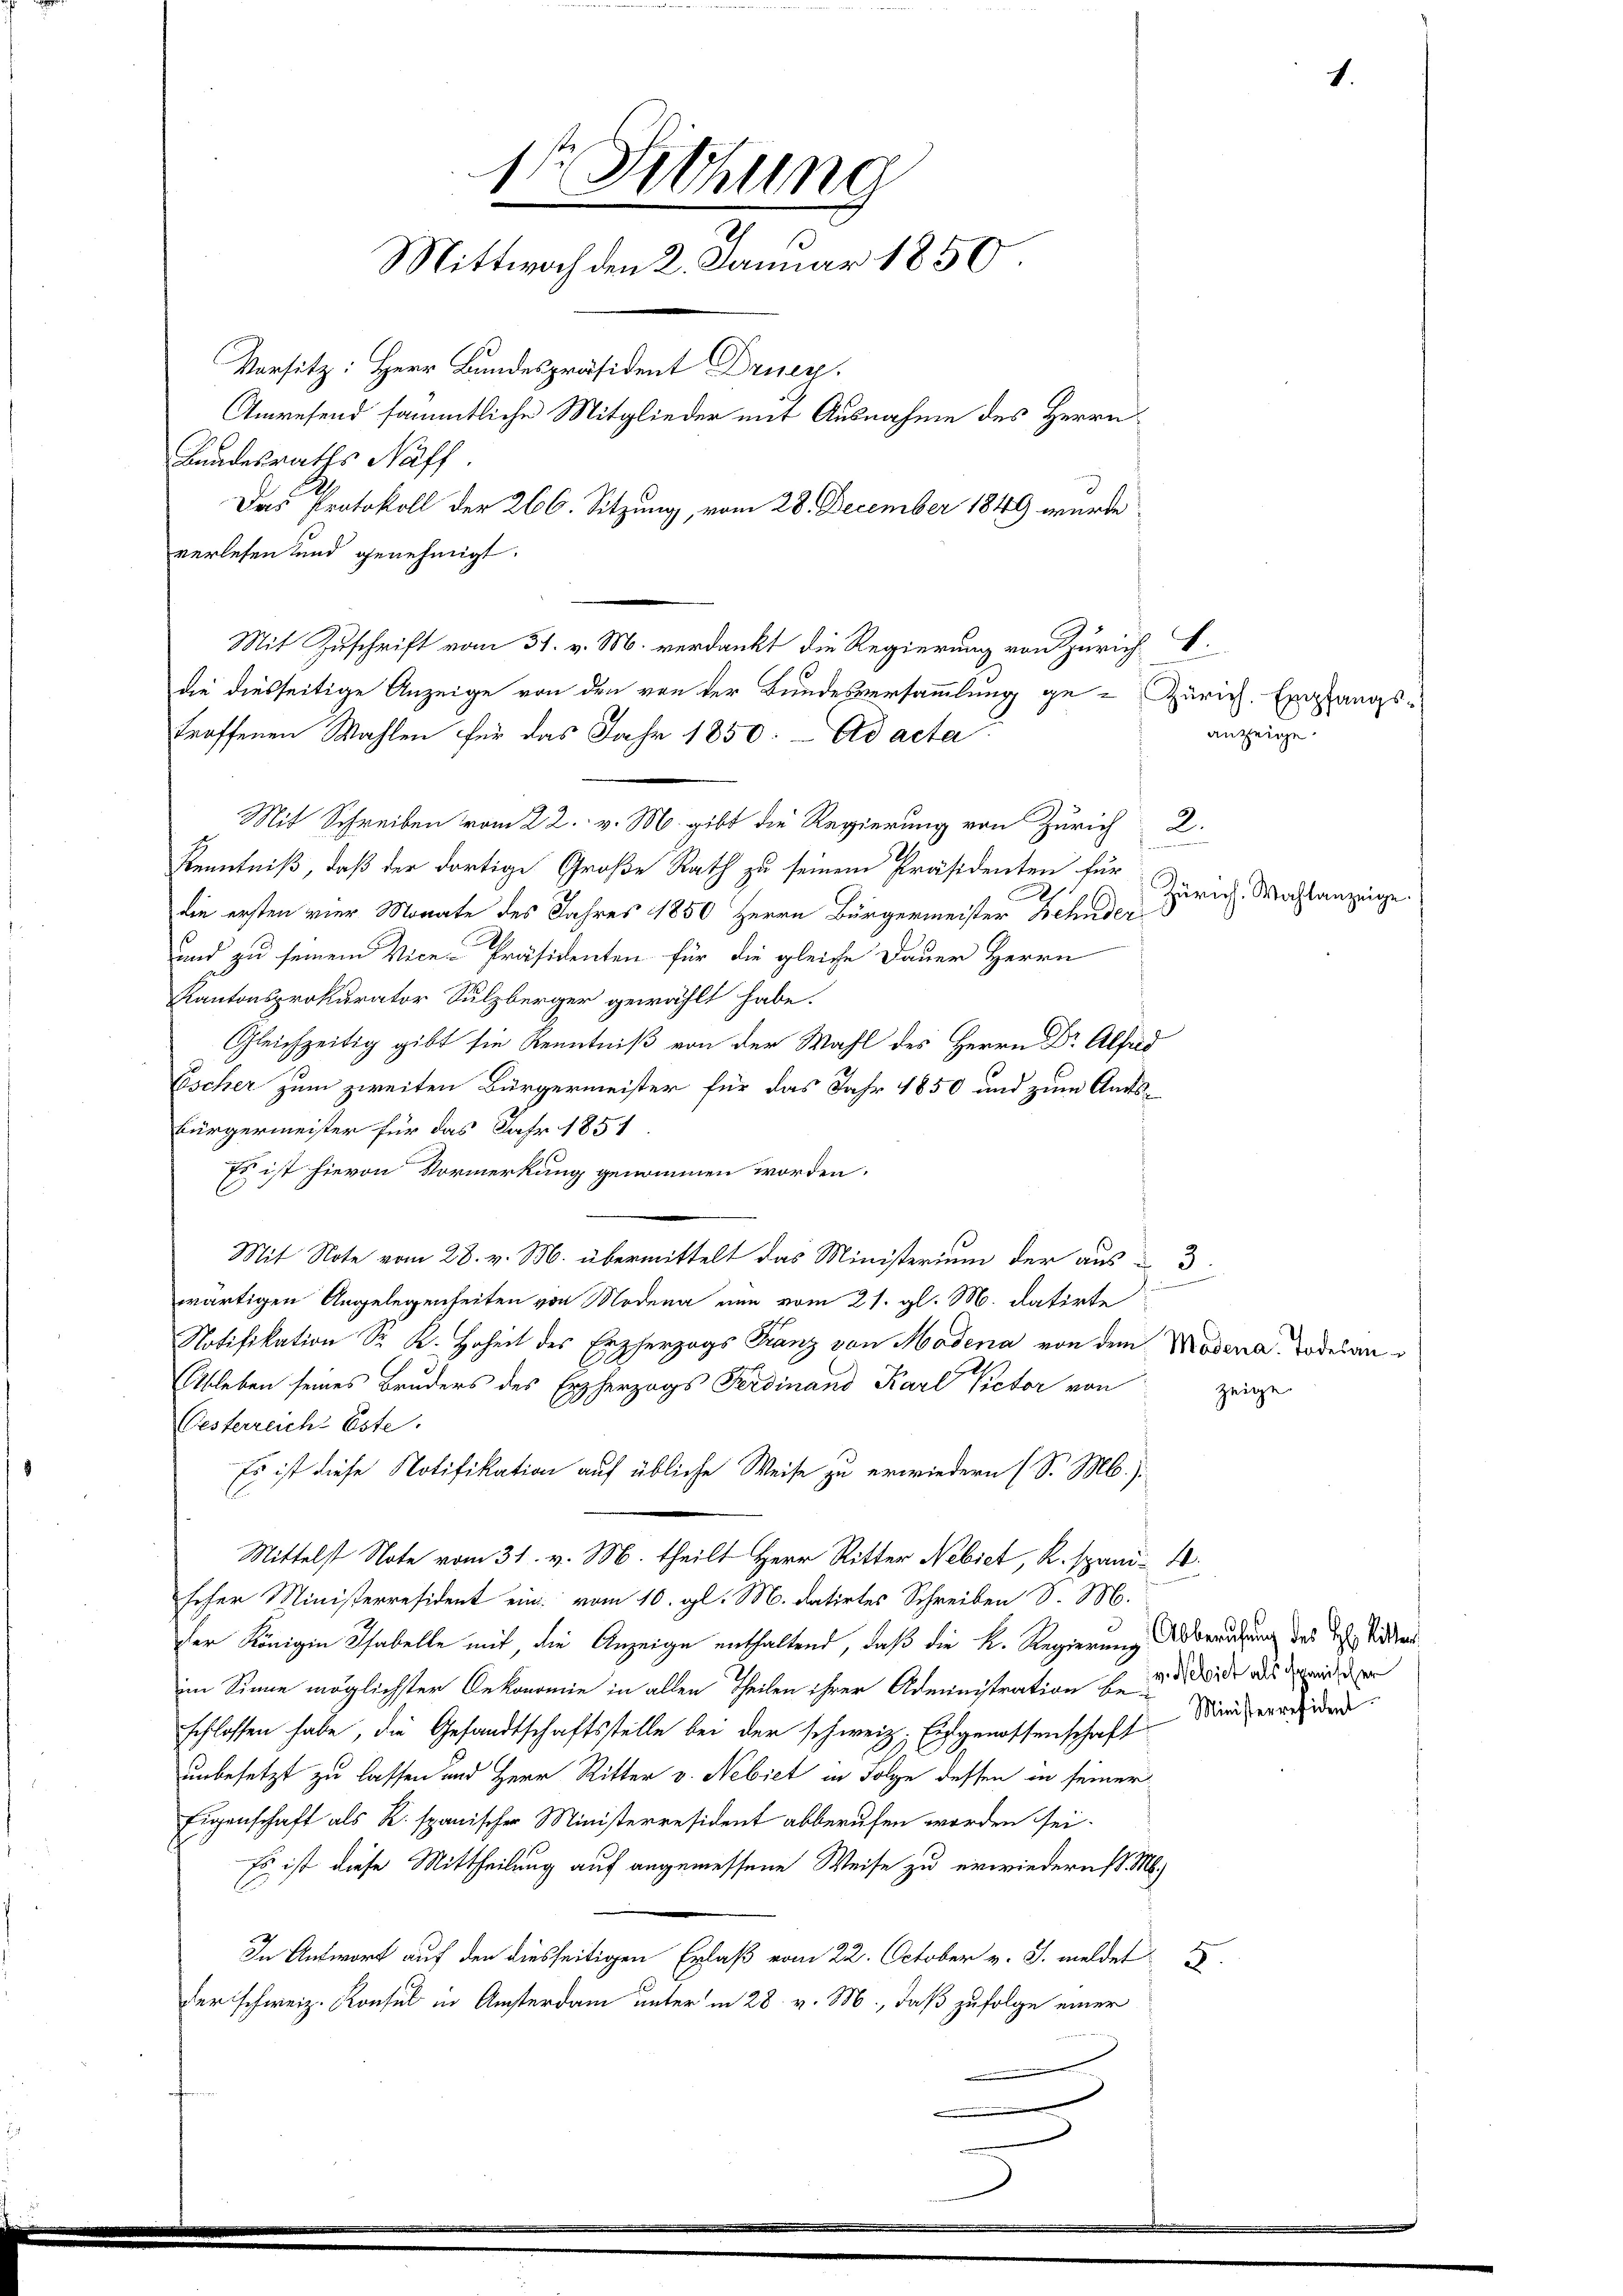
verlesen und genehmigt.
Mit Schreiben vom 22. v. M. gibt die Regierung von Zürich 2.
Kenntniß, daß der dortige Große Rath zu seinem Präsidenten für
die ersten vier Monate des Jahres 1850 Herrn Bürgermeister Zehnder
und zu seinem Vice-Präsidenten für die gleiche Dauer Herrn
Kantonsprokurator Sulzberger gewählt habe.
Gleichzeitig gibt sie Kenntniß von der Wahl des Herrn Dr Alfred
Escher zum zweiten Bürgermeister für das Jahr 1850 und zum Amts¬
Bürgermeister für das Jahr 1851
Es ist hievon Vormerkung genommen worden.
Mit Note vom 28. v. M. übermittelt das Ministerium der aus 3.
wärtigen Angelegenheiten von Modena nun vom 21. gl. M. datirte
Notifikation Sr. K. Hoheit des Erzherzogs Franz von Modena von dem Modena, Todesan¬
Ableben seines Bruders des Erzherzogs Ferdinand Karl Pictor von
Oesterreichs Este
Es ist diese Notifikation auf übliche Weise zu erwiedern (S. M.).
Mittelst Note vom 31. v. M. theilt Herr Ritter Nebiet, R. spani- 4.
scher Ministerresident ein vom 10. gl. M. datirtes Schreiben S. M.
der Königin Tabelle mit, die Anzeige enthaltend, daß die K. Regierung benutzung des Joh. Sidler
im Sinne möglichster Oekonomie in allen Theilen ihrer Administration sie zu der Wide als der wird der
schlossen habe, die Gesandtschaftsstelle bei der schweiz. Eingenossenschaft Marierenden
unbesetzt zu lassen und Herr Ritter v. Nebiet in Folge dessen in seiner
Eigenschaft als R. spanischer Ministerresident abberufen worden sei.
Es ist diese Mittheilung auf angemessene Weise zu erwiedern d. Ms.
In Antwort auf den diesseitigen Erlaß vom 22. October v. J. meldet I
der schweiz. Konsul in Amsterdam unter in 28. v. M., daß zufolge einer

1te Sitzung
Mittwoch den 2. Januar 1850
Vorsitz: Herr Bundespräsident Druey.
Anwesend sämmtliche Mitglieder mit Ausnahme des Herrn
Kundesraths Näff.
Das Protokoll der 266. Sitzung, vom 28. December 1849 wurde

Mit Zuschrift vom 31. v. M. verdankt die Regierung von Zürichdie diesseitige Anzeige von den von der Bundesversammlung ge-Zürich. Empfangs¬

troffenen Wahlen für das Jahr 1850. - Ad acta

1.
anzeige

Zürich. Wahlanzeig

zeige